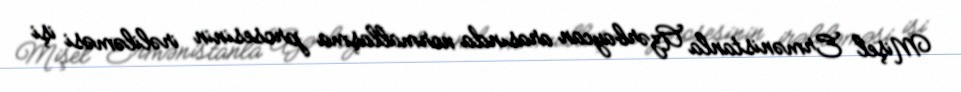
Mişel Ermənistanla Azərbaycan arasında normallaşma prosesinin irəliləməsi işi